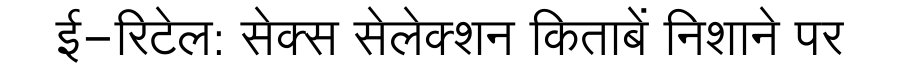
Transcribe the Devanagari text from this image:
ई-रिटेल: सेक्स सेलेक्शन किताबें निशाने पर